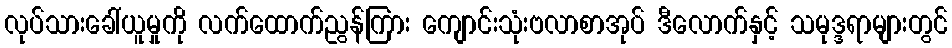
လုပ်သားခေါ်ယူမှုကို လက်ထောက်ညွန်ကြား ကျောင်းသုံးဗလာစာအုပ် ဒီလောက်နှင့် သမုဒ္ဒရာများတွင်